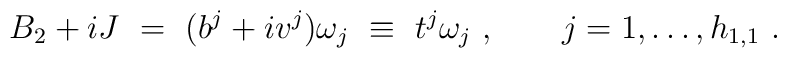
B_2 +i J\ =\ (b^j + i v^j) \omega_j\ \equiv\  t^j \omega_j \ , \qquad j=1, \ldots, h_{1,1}\ .